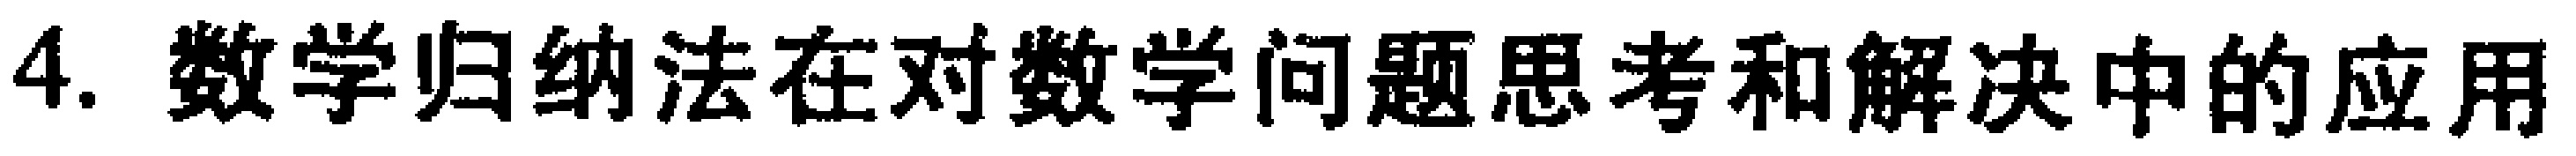
4. 数学归纳法在对数学问题思考和解决中的应用